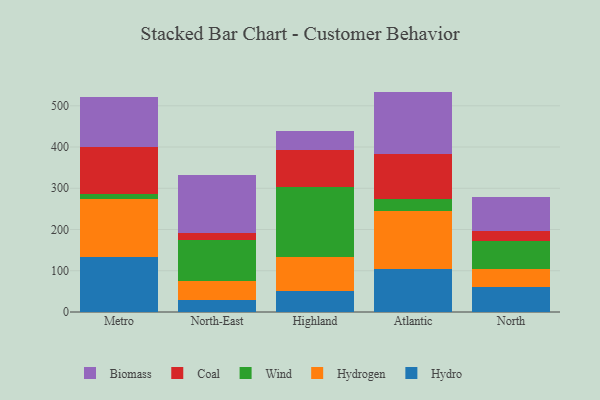
{"axis": {"x": "Region", "y": "Tickets Resolved"}, "legend": ["Biomass", "Coal", "Hydro", "Hydrogen", "Wind"], "data": [{"x": "Metro", "y": 132.9, "type": "Hydro"}, {"x": "Metro", "y": 141.6, "type": "Hydrogen"}, {"x": "Metro", "y": 12.4, "type": "Wind"}, {"x": "Metro", "y": 112.4, "type": "Coal"}, {"x": "Metro", "y": 123.0, "type": "Biomass"}, {"x": "North-East", "y": 28.9, "type": "Hydro"}, {"x": "North-East", "y": 45.3, "type": "Hydrogen"}, {"x": "North-East", "y": 99.2, "type": "Wind"}, {"x": "North-East", "y": 17.9, "type": "Coal"}, {"x": "North-East", "y": 141.2, "type": "Biomass"}, {"x": "Highland", "y": 50.6, "type": "Hydro"}, {"x": "Highland", "y": 81.8, "type": "Hydrogen"}, {"x": "Highland", "y": 170.7, "type": "Wind"}, {"x": "Highland", "y": 89.5, "type": "Coal"}, {"x": "Highland", "y": 45.6, "type": "Biomass"}, {"x": "Atlantic", "y": 104.9, "type": "Hydro"}, {"x": "Atlantic", "y": 141.1, "type": "Hydrogen"}, {"x": "Atlantic", "y": 26.8, "type": "Wind"}, {"x": "Atlantic", "y": 110.7, "type": "Coal"}, {"x": "Atlantic", "y": 150.9, "type": "Biomass"}, {"x": "North", "y": 60.0, "type": "Hydro"}, {"x": "North", "y": 44.8, "type": "Hydrogen"}, {"x": "North", "y": 66.4, "type": "Wind"}, {"x": "North", "y": 24.5, "type": "Coal"}, {"x": "North", "y": 82.1, "type": "Biomass"}]}